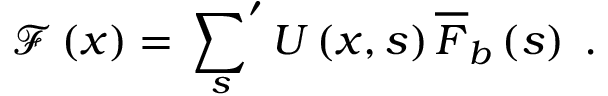
\begin{array} { r } { \mathcal { F } \left( x \right) = \displaystyle \sideset { } { ' } \sum _ { s } U \left( x , s \right) \overline { { F } } _ { b } \left( s \right) \; . } \end{array}